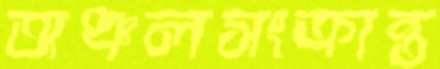
অঞ্চলসংক্রান্ত